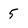
Character: 5